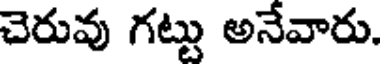
చెరువు గట్టు అనేవారు.